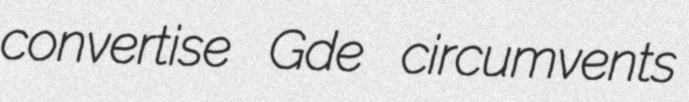
convertise Gde circumvents